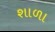
શાળા